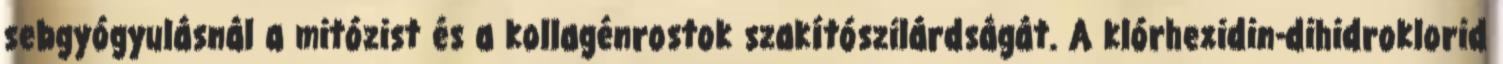
sebgyógyulásnál a mitózist és a kollagénrostok szakítószilárdságát. A klórhexidin-dihidroklorid